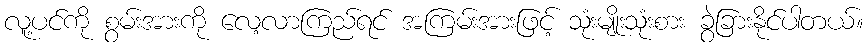
လူ့ပင်ကို စွမ်းအားကို လေ့လာကြည်ရင် အကြမ်းအားဖြင့် သုံးမျိုးသုံးစား ခွဲခြားနိုင်ပါတယ်။